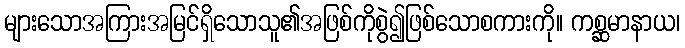
များသောအကြားအမြင်ရှိသောသူ၏အဖြစ်ကိုစွဲ၍ဖြစ်သောစကားကို။ ကစ္ဆမာနာယ၊